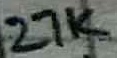
Text: 27K